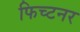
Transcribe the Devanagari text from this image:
फिच्टनर